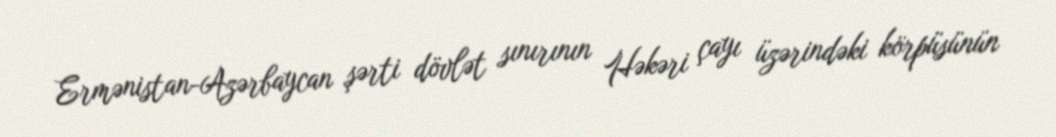
Ermənistan-Azərbaycan şərti dövlət sınırının Həkəri çayı üzərindəki körpüsünün